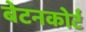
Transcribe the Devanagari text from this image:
बेटनकोर्ट